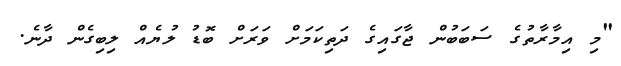
"މި އިމާރާތުގެ ސަބަބުން ޖާގައިގެ ދަތިކަމަށް ވަރަށް ބޮޑު ލުޔެއް ލިބިގެން ދާނެ.